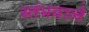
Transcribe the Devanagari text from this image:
स्तंभवाले